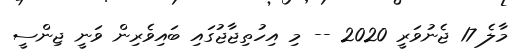
މާލެ 17 ޖެނުވަރީ 2020 -- މި އިހުތިޖާޖުގައި ބައިވެރިން ވަނީ ޖިންސީ